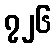
၇၂၆